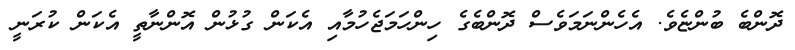
ދޮންބެ ބުންޏެވެ. އެހެންނަމަވެސް ދޮންބެގެ ހިންހަމަޖެހުމާއި އެކަން ގުޅުން އޮންނާތީ އެކަން ކުރަނީ